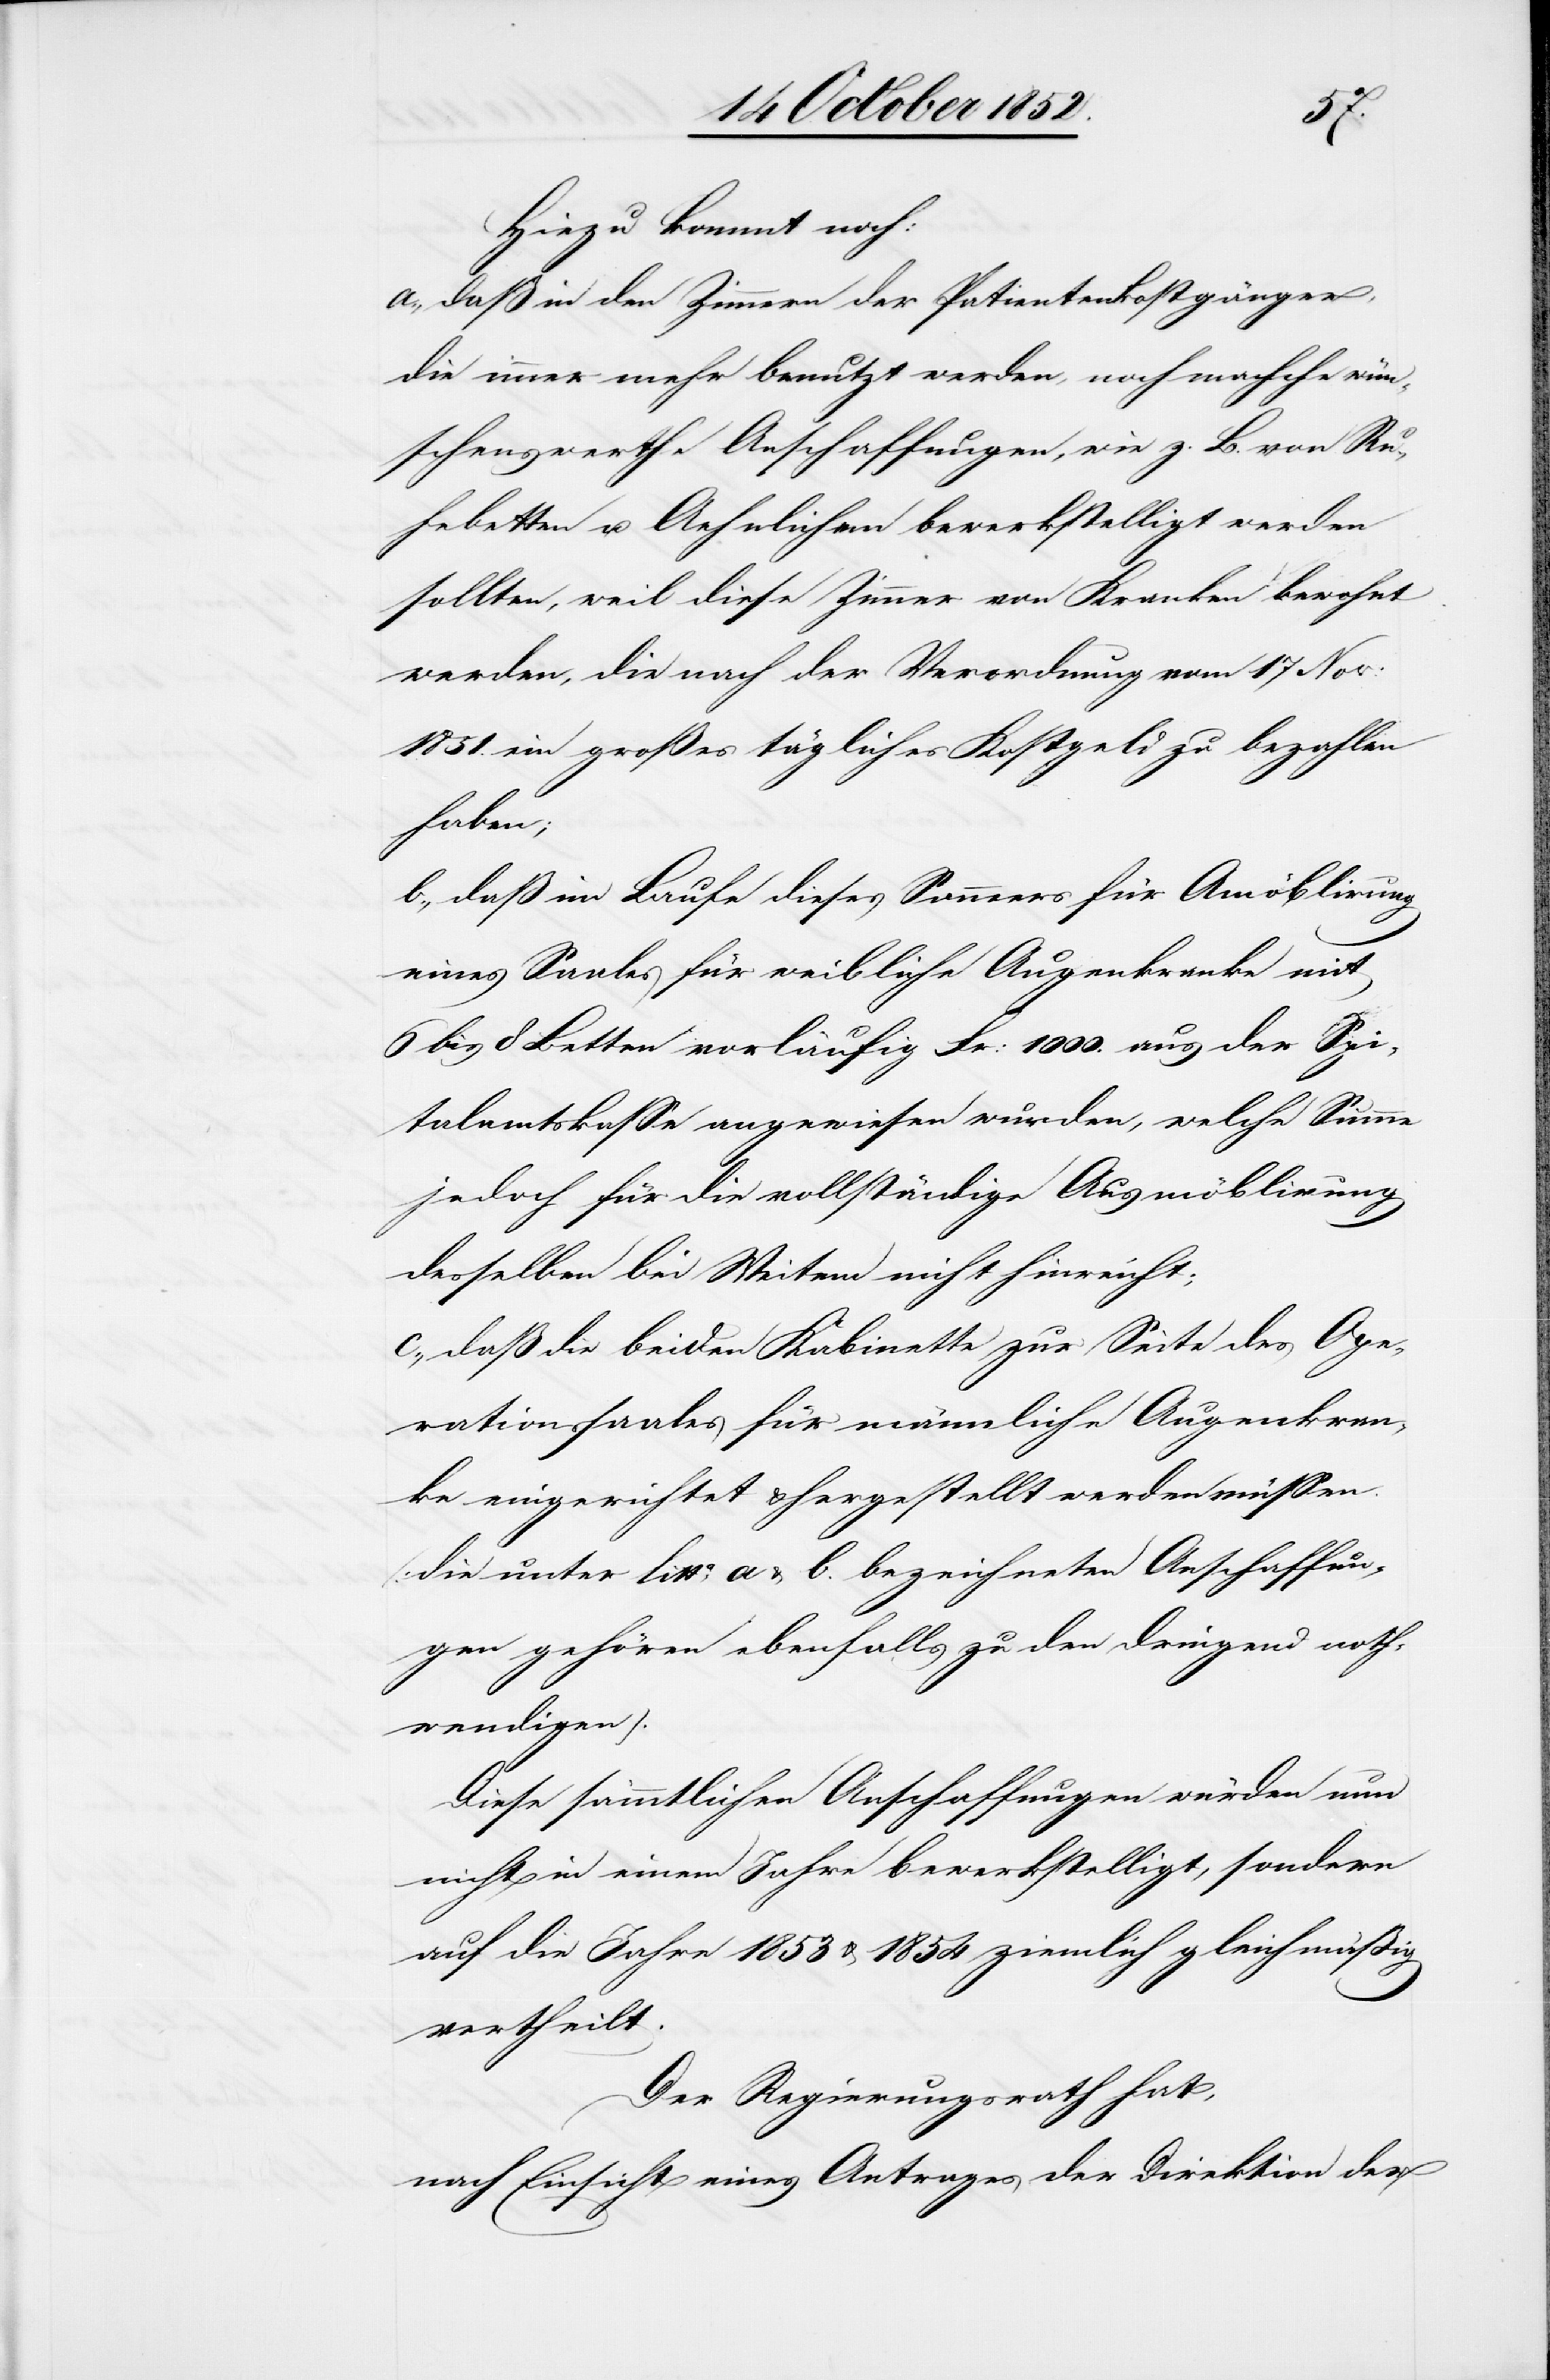
wün¬
Hiezu kommt noch:
a., daß in den Zimmern der Patientenkostgänger,
die immer mehr benutzt werden, noch mahche
schenswerthe Anschaffungen, wie z. B. von Ru¬
hebetten u. Aehnlichem bewerkstelligt werden
sollten, weil diese Zimmer von Kranken bewohnt
werden, die nach der Verordnung vom 17 Nov:
1851. ein großes tägliches Kostgeld zu bezahlen
haben;
b., daß im Laufe dieses Sommers für Amöblirung
eines Saales für weibliche Augenkranke mit
6 bis 8 Betten vorläufig Fr: 1000. aus der Spi¬
talamtskasse angewiesen wurden, welche Summe
jedoch für die vollständige Ausmöblirung
desselben bei Weitem nicht hinreicht;
c., daß die beiden Kabinette zur Seite des Ope¬
rationssaales für männliche Augenkran¬
ke eingerichtet & hergestellt werden müssen.
[die unter litta. a & b. bezeichneten Anschaffun¬
gen gehören ebenfalls zu den dringend noth¬
wendigen].
Diese sämmtlichen Anschaffungen würden nun
nicht in einem Jahre bewerkstelligt, sondern
auf die Jahre 1853 & 1854 ziemlich gleichmäßig
vertheilt.
Der Regierungsrath hat,
nach Einsicht eines Antrages der Direktion der